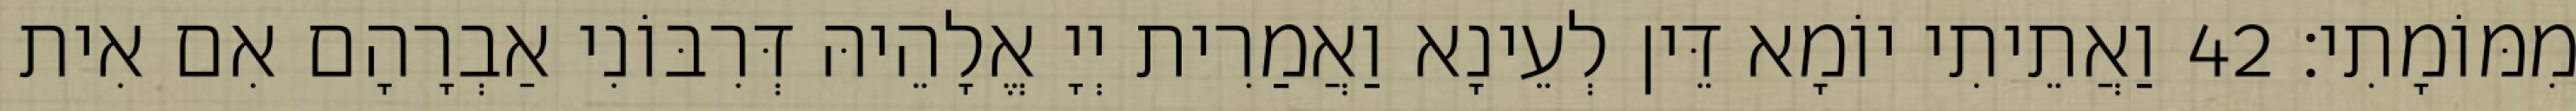
מִמּוֹמָתִי׃ 42 וַאֲתֵיתִי יוֹמָא דֵּין לְעֵינָא וַאֲמַרִית יְיָ אֱלָהֵיהּ דְּרִבּוֹנִי אַבְרָהָם אִם אִית